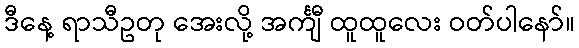
ဒီနေ့ ရာသီဥတု အေးလို့ အင်္ကျီ ထူထူလေး ဝတ်ပါနော်။